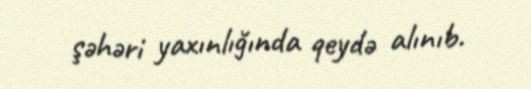
şəhəri yaxınlığında qeydə alınıb.